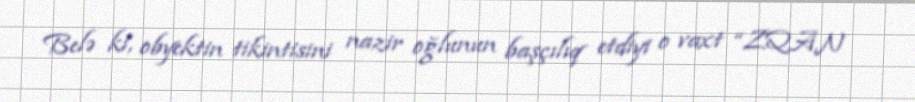
Belə ki, obyektin tikintisini nazir oğlunun başçılıq etdiyi o vaxt “ZQAN